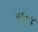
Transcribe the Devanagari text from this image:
७६०४